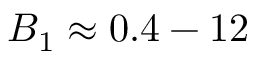
B _ { 1 } \approx 0 . 4 - 1 2